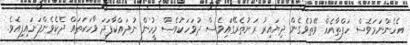
އެހެންނަމަވެސް ހަފްތާއެއް ވޭތުވެގެން ދިޔައިރު ރަށުތެރޭގައިވެސް ދުވަހަކުވެސް މީހުން ނުދައްކާފަދަ ވާހަކަތައް ދެކެވެންފަށައިފިއެވެ.